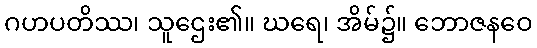
ဂဟပတိဿ၊ သူဌေး၏။ ဃရေ၊ အိမ်၌။ ဘောဇနဝေ